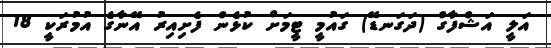
އަލީ އަޝްފާގް (ދަގަނޑޭ) ގައުމީ ޓީމަށް ކުޅެން ފެށިއިރު އޭނާގެ އުމުރަކީ 18